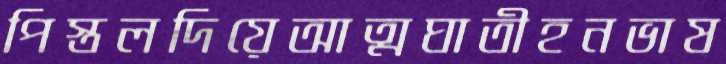
পিস্তলদিয়েআত্মঘাতীহনভাষ